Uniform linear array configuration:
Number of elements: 64
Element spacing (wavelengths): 0.25
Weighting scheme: exponential
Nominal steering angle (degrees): -30
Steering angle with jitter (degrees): -28.602
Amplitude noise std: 0.05
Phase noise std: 0.05

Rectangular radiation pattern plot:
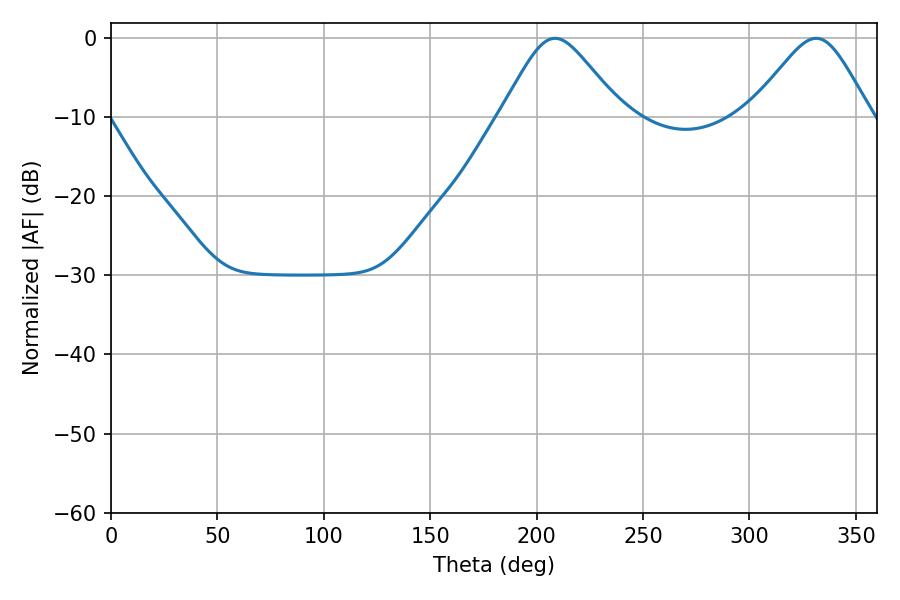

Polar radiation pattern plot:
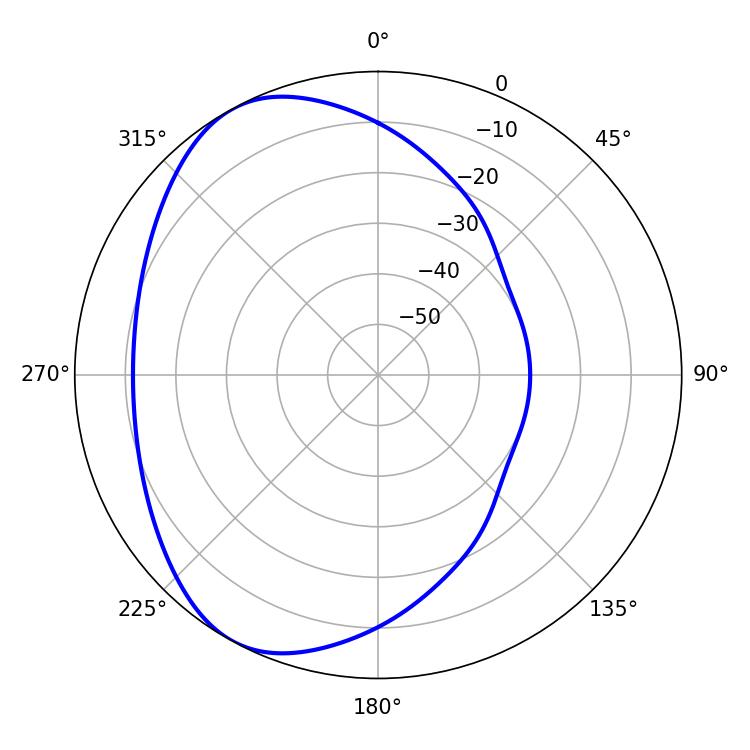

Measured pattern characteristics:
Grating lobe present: FALSE
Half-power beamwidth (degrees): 27.18
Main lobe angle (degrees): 208.62